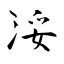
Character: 浽